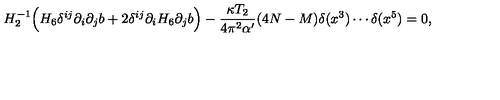
H _ { 2 } ^ { - 1 } \Big ( H _ { 6 } \delta ^ { i j } \partial _ { i } \partial _ { j } b + 2 \delta ^ { i j } \partial _ { i } H _ { 6 } \partial _ { j } b \Big ) - \frac { \kappa T _ { 2 } } { 4 \pi ^ { 2 } \alpha ^ { \prime } } ( 4 N - M ) \delta ( x ^ { 3 } ) \cdots \delta ( x ^ { 5 } ) = 0 ,